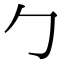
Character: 勹